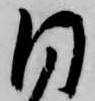
同